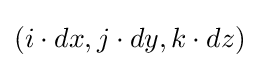
(i\cdot dx,j\cdot dy,k\cdot dz)